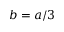
b = a / 3